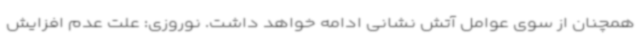
همچنان از سوی عوامل آتش نشانی ادامه خواهد داشت. نوروزی: علت عدم افزایش